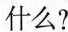
什么?